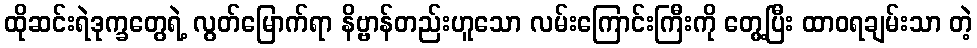
ထိုဆင်းရဲဒုက္ခတွေရဲ့ လွတ်မြောက်ရာ နိဗ္ဗာန်တည်းဟူသော လမ်းကြောင်းကြီးကို တွေ့ပြီး ထာဝရချမ်းသာ တဲ့